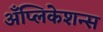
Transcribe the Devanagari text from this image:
अँप्लिकेशन्स